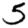
Digit: 5